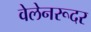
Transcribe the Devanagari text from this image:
वेलेनरूदर